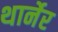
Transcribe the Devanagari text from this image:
थार्नेर